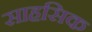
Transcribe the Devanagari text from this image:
साहसिक